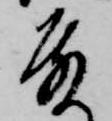
殿